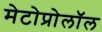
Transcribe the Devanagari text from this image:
मेटोप्रोलॉल